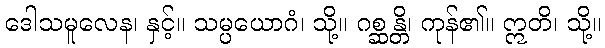
ဒေါသမူလေန၊ နှင့်။ သမ္ပယောဂံ၊ သို့။ ဂစ္ဆန္တိ၊ ကုန်၏။ ဣတိ၊ သို့။